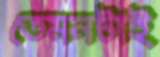
তেমনটাই